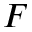
F